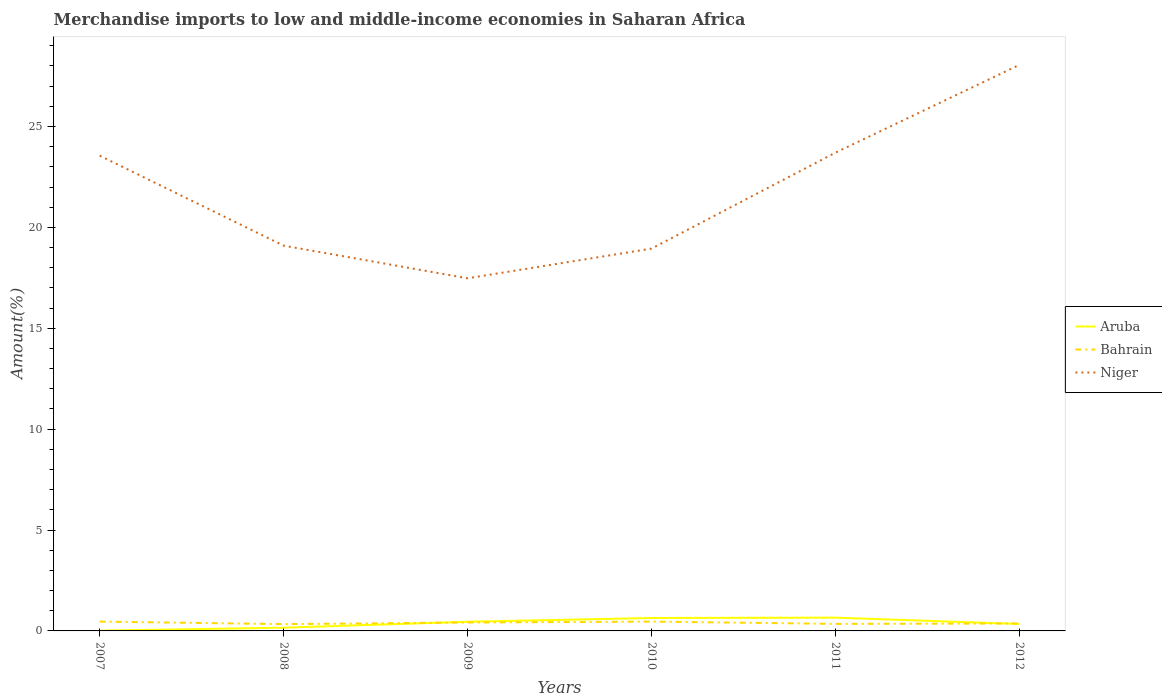
| Years | Aruba | Bahrain | Niger |
 | --- | --- | --- | --- |
 | 2007 | 0.0139 | 0.463 | 23.6 |
 | 2008 | 0.16 | 0.338 | 19.1 |
 | 2009 | 0.454 | 0.418 | 17.5 |
 | 2010 | 0.641 | 0.463 | 18.9 |
 | 2011 | 0.657 | 0.35 | 23.7 |
 | 2012 | 0.345 | 0.37 | 28.1 |